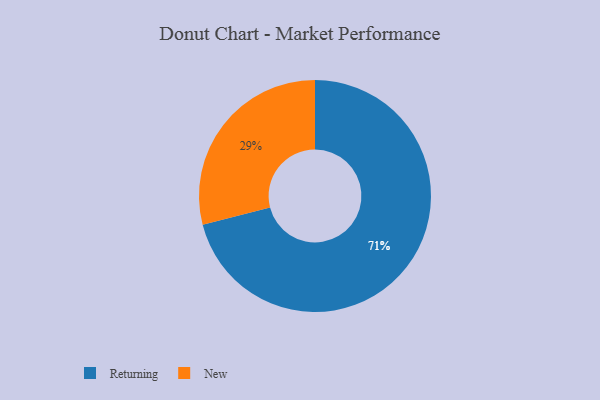
{"axis": {"x": "Category", "y": "Percentage"}, "legend": ["New", "Returning"], "data": [{"x": "New", "y": 29, "type": "New"}, {"x": "Returning", "y": 71, "type": "Returning"}]}